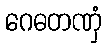
ဂေဓတဏှံ